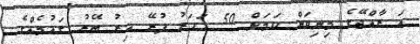
އަ ރާއްޖޭގެ މިނިވަން ކަމަށް 50 އަހަރު ފުރޭ އިރު ބޭރު ގައުމެއްގެ